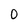
Character: O